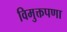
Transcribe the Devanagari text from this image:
विमुक्तपणा